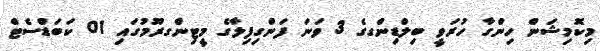
މިކޮމިޝަން ހިންގާ ހުރަވީ ބިލްޑިންގގެ 3 ވަނަ ފަންގިފިލާގެ މީޓިންގރޫމުގައި 01 ކަބަޑްސެޓް